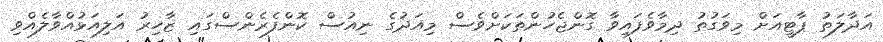
އަދާލަތު ޕާޓީއަށް މިވަގުތު ދިމާވެފައިވާ ގޮންޖެހުންތަކަށްވެސް މިއަދުގެ ނިއުސް ކޮންފެރެންސްގައި ޒާހިރު އަލިއަޅުއްވާލެއްވި